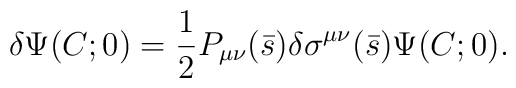
\delta \Psi(C; 0)={1\over 2} P_{\mu\nu}(\bar s)	\delta \sigma^{\mu\nu}(\bar s)\Psi(C; 0)	.